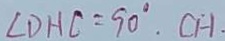
\angle D H C = 9 0 ^ { \circ } . C H .